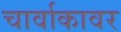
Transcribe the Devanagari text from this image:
चार्वाकावर